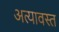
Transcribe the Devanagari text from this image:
अत्यावस्त